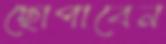
ছোপাবেন